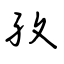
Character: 孜